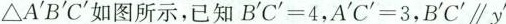
△A'B'C'如图所示，已知$$B' C' = 4$$，$$A' C' = 3$$，B'C'//y'